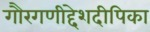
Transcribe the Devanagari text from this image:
गौरगणीद्देशदीपिका